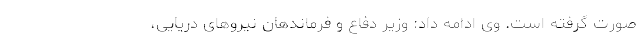
صورت گرفته است. وی ادامه داد: وزیر دفاع و فرماندهان نیروهای دریایی،